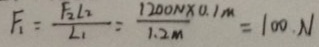
F _ { 1 } = \frac { F _ { 2 } L _ { 2 } } { L _ { 1 } } = \frac { 1 2 0 0 N \times 0 . 1 m } { 1 . 2 m } = 1 0 0 . N